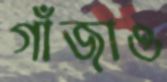
গাঁজাও